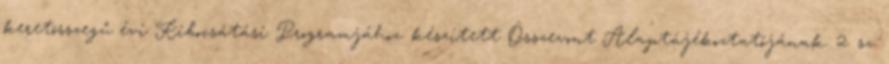
keretösszegű évi Kibocsátási Programjához. készített Összevont Alaptájékoztatójának. 2. sz.